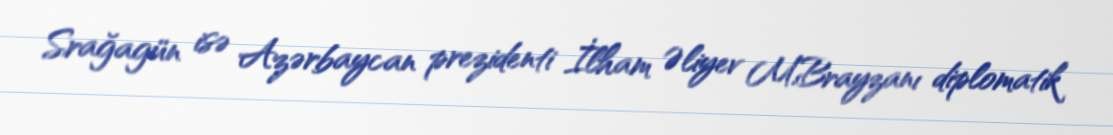
Srağagün isə Azərbaycan prezidenti İlham Əliyev M.Brayzanı diplomatik